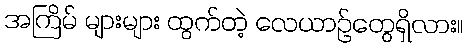
အကြိမ် များများ ထွက်တဲ့ လေယာဉ်တွေရှိလား။